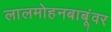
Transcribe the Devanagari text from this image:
लालमोहनबाबूंवर